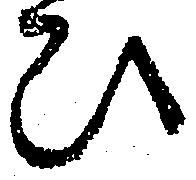
ひ